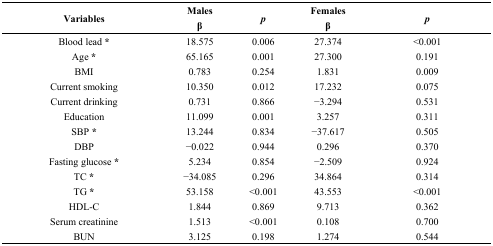
<table><thead><tr><td><b>Variables</b></td><td><b>Malesβ</b></td><td><b><i>p</i></b></td><td><b>Femalesβ</b></td><td><b><i>p</i></b></td></tr></thead><tbody><tr><td>Blood lead *</td><td>18.575</td><td>0.006</td><td>27.374</td><td>&lt;0.001</td></tr><tr><td>Age *</td><td>65.165</td><td>0.001</td><td>27.300</td><td>0.191</td></tr><tr><td>BMI</td><td>0.783</td><td>0.254</td><td>1.831</td><td>0.009</td></tr><tr><td>Current smoking</td><td>10.350</td><td>0.012</td><td>17.232</td><td>0.075</td></tr><tr><td>Current drinking</td><td>0.731</td><td>0.866</td><td>−3.294</td><td>0.531</td></tr><tr><td>Education</td><td>11.099</td><td>0.001</td><td>3.257</td><td>0.311</td></tr><tr><td>SBP *</td><td>13.244</td><td>0.834</td><td>−37.617</td><td>0.505</td></tr><tr><td>DBP</td><td>−0.022</td><td>0.944</td><td>0.296</td><td>0.370</td></tr><tr><td>Fasting glucose *</td><td>5.234</td><td>0.854</td><td>−2.509</td><td>0.924</td></tr><tr><td>TC *</td><td>−34.085</td><td>0.296</td><td>34.864</td><td>0.314</td></tr><tr><td>TG *</td><td>53.158</td><td>&lt;0.001</td><td>43.553</td><td>&lt;0.001</td></tr><tr><td>HDL-C</td><td>1.844</td><td>0.869</td><td>9.713</td><td>0.362</td></tr><tr><td>Serum creatinine</td><td>1.513</td><td>&lt;0.001</td><td>0.108</td><td>0.700</td></tr><tr><td>BUN</td><td>3.125</td><td>0.198</td><td>1.274</td><td>0.544</td></tr></tbody></table>